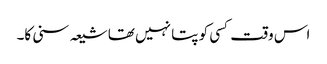
اس وقت کسی کو پتا نہیں تھا شیعہ سنی کا۔